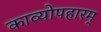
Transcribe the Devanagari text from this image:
काव्योपहारम्